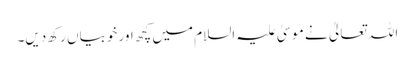
اللہ تعالیٰ نے موسیٰ علیہ السلام میں کچھ اور خوبیاں رکھ دیں۔